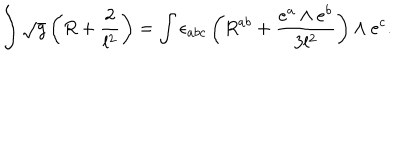
LaTeX: \int \sqrt { g } \left( R + \frac { 2 } { l ^ { 2 } } \right) = \int \epsilon _ { a b c } \left( R ^ { a b } + \frac { e ^ { a } \wedge e ^ { b } } { 3 l ^ { 2 } } \right) \wedge e ^ { c } .